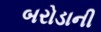
બરોડાની